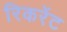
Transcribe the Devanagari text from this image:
रिकरेंट